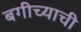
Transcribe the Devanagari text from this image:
बगीच्याची